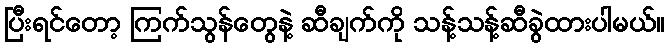
ပြီးရင်တော့ ကြက်သွန်တွေနဲ့ ဆီချက်ကို သန့်သန့်ဆီခွဲထားပါမယ်။